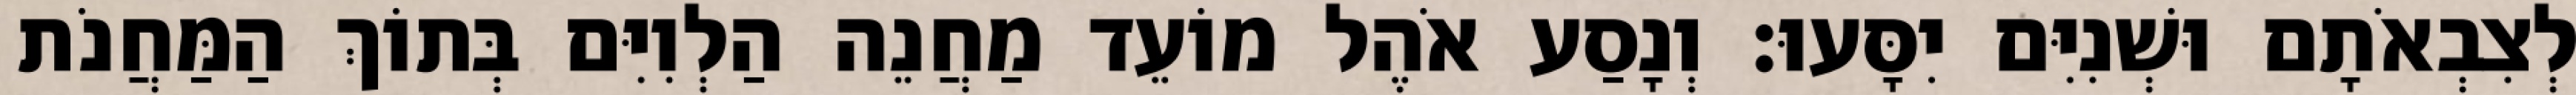
לְצִבְאֹתָם וּשְׁנִיִּם יִסָּעוּ׃ וְנָסַע אֹהֶל מוֹעֵד מַחֲנֵה הַלְוִיִּם בְּתוֹךְ הַמַּחֲנֹת